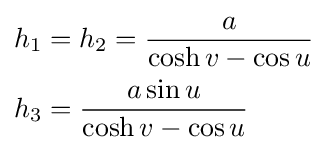
{\begin{aligned}h_{1}&=h_{2}={\frac {a}{\cosh v-\cos u}}\\h_{3}&={\frac {a\sin u}{\cosh v-\cos u}}\end{aligned}}